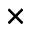
\times